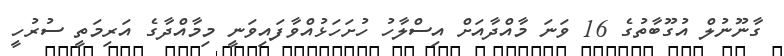
ގާނޫނުލް އުގޫބާތުގެ 16 ވަނަ މާއްދާއަށް އިސްލާހު ހުށަހަޅުއްވާފައިވަނީ މިމާއްދާގެ އަރިމަތީ ސުރުހީ